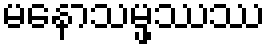
မနောသမ္ဖဿဿ